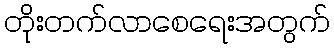
တိုးတက်လာစေရေးအတွက်